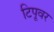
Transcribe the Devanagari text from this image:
टिपूवर